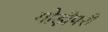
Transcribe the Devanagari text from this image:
गोड़ीपरी